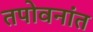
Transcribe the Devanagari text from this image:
तपोवनांत